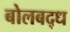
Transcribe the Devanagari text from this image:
बोलबद्ध